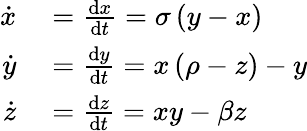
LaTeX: \begin{array}{rl}{\dot{x}}&{{}=\frac{\mathrm{d}x}{\mathrm{d}t}=\sigma\left(y-x\right)}\\ {\dot{y}}&{{}=\frac{\mathrm{d}y}{\mathrm{d}t}=x\left(\rho-z\right)-y}\\ {\dot{z}}&{{}=\frac{\mathrm{d}z}{\mathrm{d}t}=xy-\beta z}\end{array}